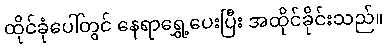
ထိုင်ခုံပေါ်တွင် နေရာရွှေ့ပေးပြီး အထိုင်ခိုင်းသည်။